Election expenses, 1922, 1922
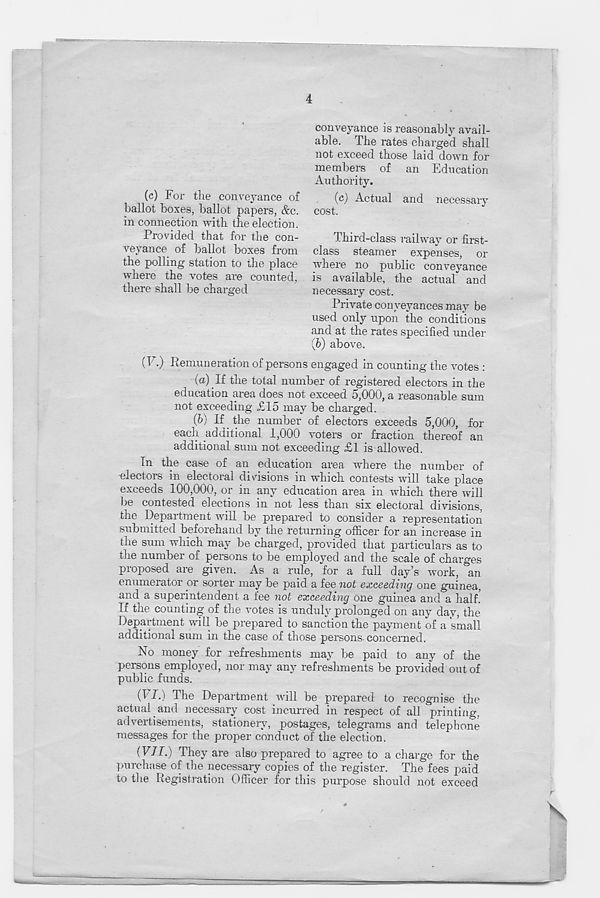
4
(c) For the conveyance of
ballot boxes, ballot papers, &c.
in connection with the election.
Provided that for the con-
veyance of ballot boxes from
the polling station to the place
where the votes are counted,
there shall be charged
conveyance is reasonably avail-
able. The rates charged shall
not exceed those laid down for
members of an Education
Authority.
(c) Actual and necessary
cost.
Third-class railway or first-
class steamer expenses, or
where no public conveyance
is available, the actual and
necessary cost.
Private conveyances may be
used only upon the conditions
and at the rates specified under
(6) above.
(F.) Remuneration of persons engaged in counting the votes :
(a).If the total number of registered electors in the
education area does not exceed 5,000, a reasonable sum
not exceeding <£15 may be charged.
(&) If the number of electors exceeds 5,000, for
each additional 1,000 voters or fraction thereof an
additional sum not exceeding £1 is allowed.
In the case of an education area where the number of
■ electors in electoral divisions in which contests will take place
exceeds 100,000, or in any education area in which there will
be contested elections in not less than six electoral divisions,
the Department will be prepared to consider a representation
submitted beforehand by the returning officer for an increase in
the sum which may be charged, provided that particulars as to
the number of persons to be employed and the scale of charges
proposed are given. As a rule, for a full day’s work, an
enumerator or sorter may be paid a fee not exceeding one guinea,
and a superintendent a fee not exceeding one guinea and a half.
If the counting of the votes is unduly prolonged on any day, the
Department will be prepared to sanction the payment of a small
additional sum in the case of those persons concerned.
No money for refreshments may be paid to any of the
persons employed, nor may any refreshments be provided out of
public funds.
(FJ.) The Department will be prepared to recognise the
actual and necessary cost incurred in respect of all printing,
advertisements, stationery, postages, telegrams and telephone
messages for the proper conduct of the election.
(F/I.) They are also prepared to agree to a charge for the
purchase of the necessary copies of the register. The fees paid
to the Registration Officer for this purpose should not exceed